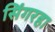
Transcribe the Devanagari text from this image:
सिंगरहा